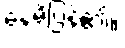
နေမိပြန်၏။